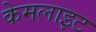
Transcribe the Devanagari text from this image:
केमलाइट